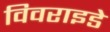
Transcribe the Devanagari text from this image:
विवराइडे